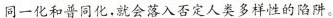
同一化和普同化，就会落入否定人类多样性的陷阱